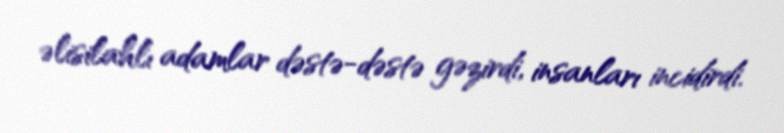
əlisilahlı adamlar dəstə-dəstə gəzirdi, insanları incidirdi.